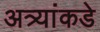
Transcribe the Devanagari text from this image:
अत्र्यांकडे